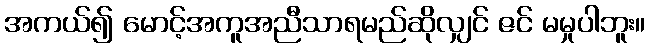
အကယ်၍ မောင့်အကူအညီသာရမည်ဆိုလျှင် ဇင် မမှုပါဘူး။